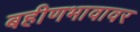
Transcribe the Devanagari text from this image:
बहीणभावावर